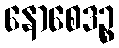
နောစေဒဉ္စ